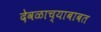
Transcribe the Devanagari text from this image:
देवळाच्याबाबत